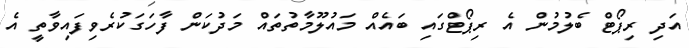
އަދި ރިޕޯޓް ބެލުމުން އެ ރިޕޯޓްގައި ބައެއް މައުލޫމާތުތައް މަދުކަން ފާހަގަކުރެވިފައިވާތީ އެ